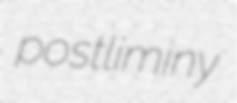
postliminy